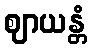
ဈာယန္တံ